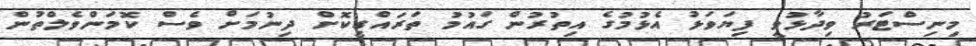
މިނިސްޓަރު ވިދާޅުވީ ފިޔަވަޅު އެޅުމުގެ އިތުރުން ގައުމު ތަރައްގީކޮށް ދިނުމަށް ވެސް ކޮމަންވެލްތުން